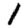
Digit: 1